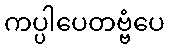
ကပ္ပါပေတဗ္ဗံပေ